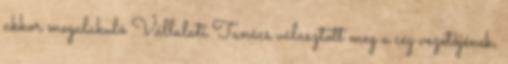
akkor megalakuló Vállalati Tanács választott meg a cég vezetôjének,